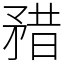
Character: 矠